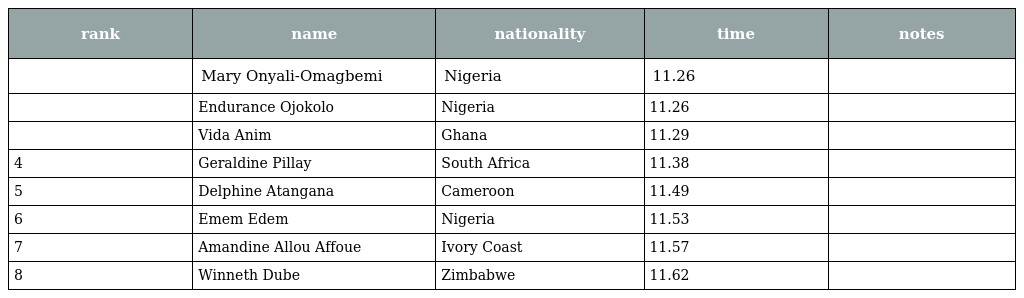
| rank | name | nationality | time | notes |
 | --- | --- | --- | --- | --- |
 |  | Mary Onyali-Omagbemi | Nigeria | 11.26 |  |
 |  | Endurance Ojokolo | Nigeria | 11.26 |  |
 |  | Vida Anim | Ghana | 11.29 |  |
 | 4 | Geraldine Pillay | South Africa | 11.38 |  |
 | 5 | Delphine Atangana | Cameroon | 11.49 |  |
 | 6 | Emem Edem | Nigeria | 11.53 |  |
 | 7 | Amandine Allou Affoue | Ivory Coast | 11.57 |  |
 | 8 | Winneth Dube | Zimbabwe | 11.62 |  |